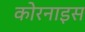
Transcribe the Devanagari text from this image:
कोरनाइस